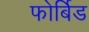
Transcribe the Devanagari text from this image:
फोर्बिड